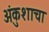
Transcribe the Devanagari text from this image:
अंकुशाचा